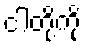
ငါတို့ကို